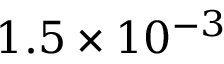
1 . 5 \times 1 0 ^ { - 3 }